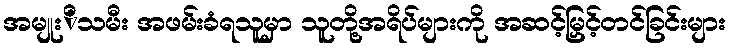
အမျုးိသမီး အဖမ်းခံရသူမှာ သူတို့အရိပ်များကို အဆင့်မြှင့်တင်ခြင်းများ